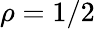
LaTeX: \rho=1/2